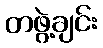
တဖွဲ့ချင်း